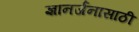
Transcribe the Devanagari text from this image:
ज्ञानर्जनासाठी